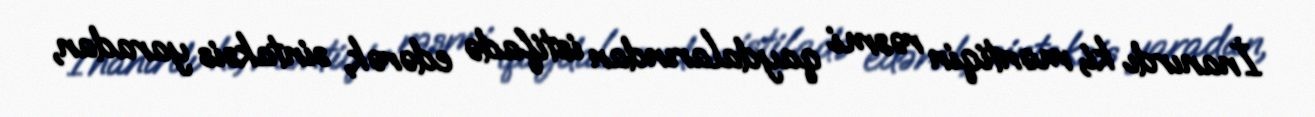
İnanırdı ki, məntiqin rəsmi qaydalarından istifadə edərək, sintaksis yaradan,